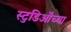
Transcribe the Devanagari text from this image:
स्टुडिऒंच्या